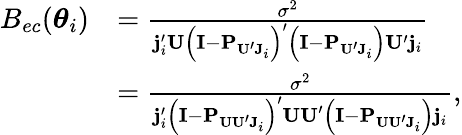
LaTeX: \begin{array}{rl}{B_{ec}(\boldsymbol\theta_{i})}&{=\frac{\sigma^{2}}{\mathbf{j}_{i}^{\prime}\mathbf{U}\left(\mathbf{I}-\mathbf{P}_{\mathbf{U}^{\prime}\mathbf{J}_{i}}\right)^{\prime}\left(\mathbf{I}-\mathbf{P}_{\mathbf{U}^{\prime}\mathbf{J}_{i}}\right)\mathbf{U}^{\prime}\mathbf{j}_{i}}}\\ &{=\frac{\sigma^{2}}{\mathbf{j}_{i}^{\prime}\left(\mathbf{I}-\mathbf{P}_{\mathbf{UU}^{\prime}\mathbf{J}_{i}}\right)^{\prime}\mathbf{UU}^{\prime}\left(\mathbf{I}-\mathbf{P}_{\mathbf{UU}^{\prime}\mathbf{J}_{i}}\right)\mathbf{j}_{i}},}\end{array}